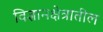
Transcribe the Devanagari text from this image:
विज्ञानक्षेत्रातील